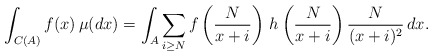
\begin{align*} \displaystyle\displaystyle \int_{C(A)} f(x) \,\mu(dx)= \int_{A} \sum_{i \geq N} f\left(\frac{N}{x+i}\right)\,h\left(\frac{N}{x+i}\right)\frac{N}{(x+i)^2} \,dx.\end{align*}